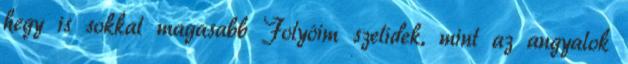
hegy is sokkal magasabb Folyóim szelídek, mint az angyalok